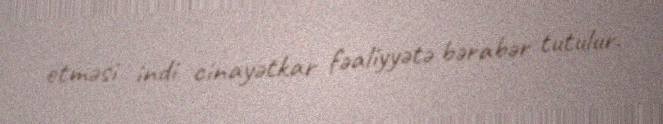
etməsi indi cinayətkar fəaliyyətə bərabər tutulur.